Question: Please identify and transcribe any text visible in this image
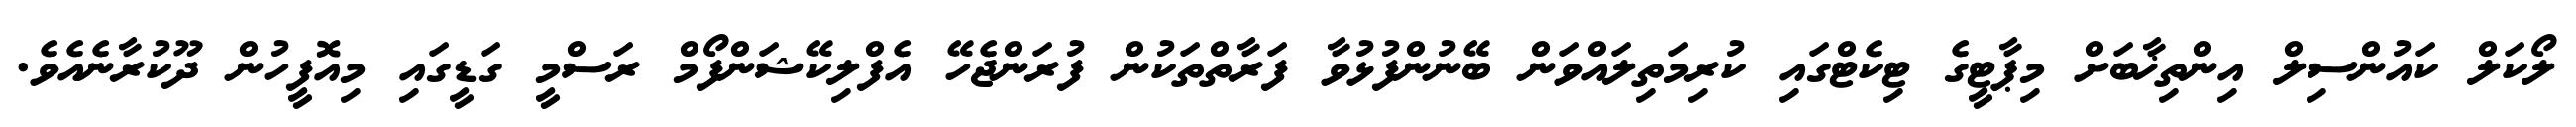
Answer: ލޯކަލް ކައުންސިލް އިންތިޚާބަށް މިޕާޓީގެ ޓިކެޓްގައި ކުރިމަތިލައްވަން ބޭނުންފުޅުވާ ފަރާތްތަކުން ފުރަންޖެހޭ އެފްލިކޭޝަންފޯމް ރަސްމީ ގަޑީގައި މިއޮފީހުން ދޫކުރާނެއެވެ.